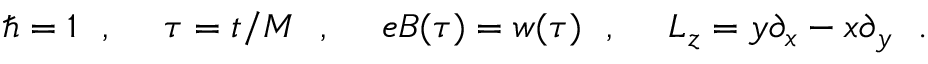
\hbar = 1 ~ ~ , ~ ~ ~ ~ \tau = t / M ~ ~ , ~ ~ ~ ~ e B ( \tau ) = w ( \tau ) ~ ~ , ~ ~ ~ ~ L _ { z } = y \partial _ { x } - x \partial _ { y } ~ ~ .